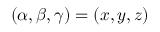
( \alpha , \beta , \gamma ) = ( x , y , z )